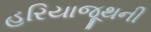
હરિયાજૂથની